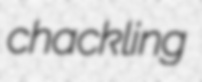
chackling